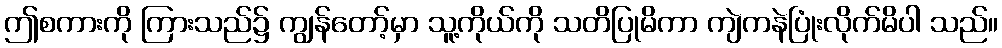
ဤစကားကို ကြားသည်၌ ကျွန်တော့်မှာ သူ့ကိုယ်ကို သတိပြုမိကာ ကျဲကနဲပြုံးလိုက်မိပါ သည်။